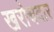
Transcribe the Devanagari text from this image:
खरोचदार